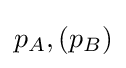
p_{A},(p_{B})